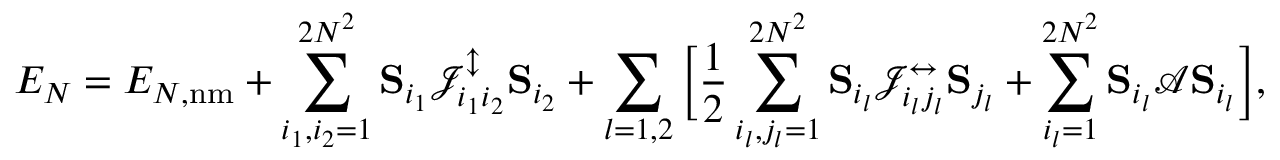
E _ { N } = E _ { N , \mathrm { n m } } + \sum _ { i _ { 1 } , i _ { 2 } = 1 } ^ { 2 N ^ { 2 } } { \bf S } _ { i _ { 1 } } \mathcal { J } _ { i _ { 1 } i _ { 2 } } ^ { \updownarrow } { \bf S } _ { i _ { 2 } } + \sum _ { l = 1 , 2 } \bigg [ \frac { 1 } { 2 } \sum _ { i _ { l } , j _ { l } = 1 } ^ { 2 N ^ { 2 } } { \bf S } _ { i _ { l } } \mathcal { J } _ { i _ { l } j _ { l } } ^ { \leftrightarrow } { \bf S } _ { j _ { l } } + \sum _ { i _ { l } = 1 } ^ { 2 N ^ { 2 } } { \bf S } _ { i _ { l } } \mathcal { A } { \bf S } _ { i _ { l } } \bigg ] ,